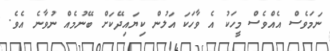
ނަމަވެސް އެއްވެސް މީހަކު އެ ވާހަކަ އަލުން ކިޔައިދޭކަށް ބޭނުމެއް ނުވާނެ އެވެ.